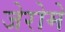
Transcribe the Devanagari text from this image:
जेरोमे